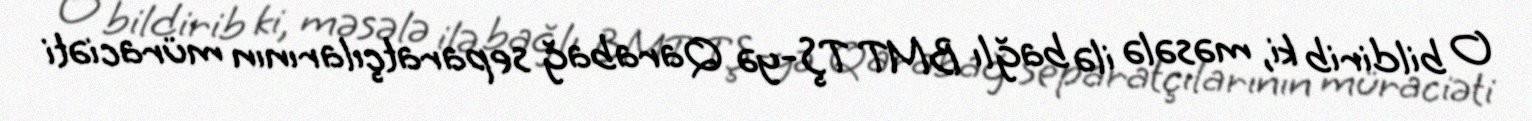
O bildirib ki, məsələ ilə bağlı BMT TŞ-yə Qarabağ separatçılarının müraciəti